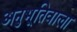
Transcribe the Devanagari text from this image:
अनुभूतिवाला